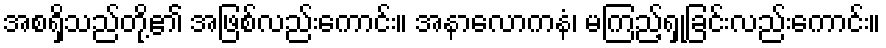
အစရှိသည်တို့၏ အဖြစ်လည်းကောင်း။ အနာလောကနံ၊ မကြည့်ရှုခြင်းလည်းကောင်း။